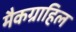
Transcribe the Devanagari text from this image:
मैकग्राहिल